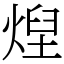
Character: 㷐